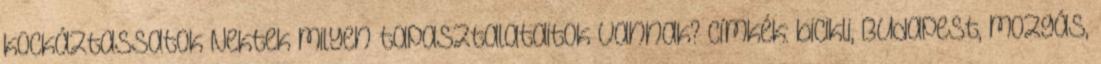
kockáztassatok Nektek milyen tapasztalataitok vannak? Címkék: bicikli, Budapest, mozgás,